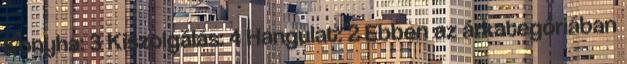
Konyha: 3 Kiszolgálás: 4 Hangulat: 2 Ebben az árkategóriában